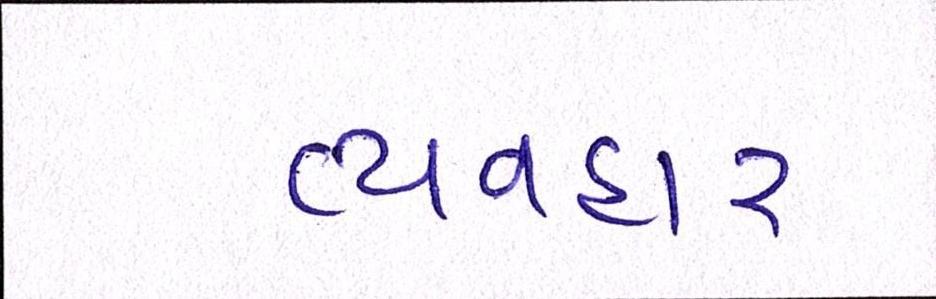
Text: વ્યવહાર